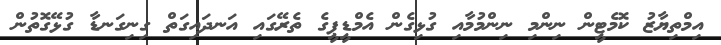
އިމްތިޔާޒު ކޮމެޓީން ނިންމި ނިންމުމާއި ގުޅިގެން އެމްޑީޕީގެ ތެރޭގައި އަނދައިގަތް ގިނިގަނޑާ ގުޅޭގޮތުން